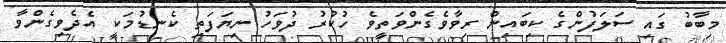
މިބާބު ގައި ސަލަފުންގެ ކިބައިން ރިވާވެގެންވަތީވެ ހުކުރު ދުވަހު ނިޔަފަތި ކެނޑުމަކީ އެދެވިގެންވާ